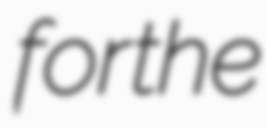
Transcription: for the